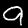
Digit: 9